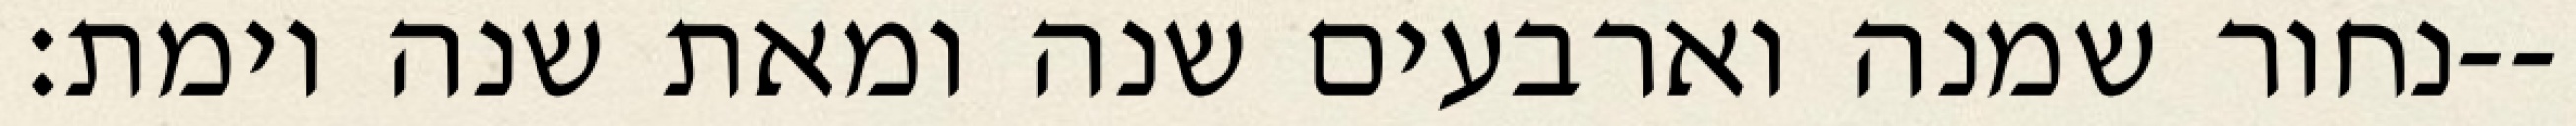
נחור שמנה וארבעים שנה ומאת שנה וימת׃--